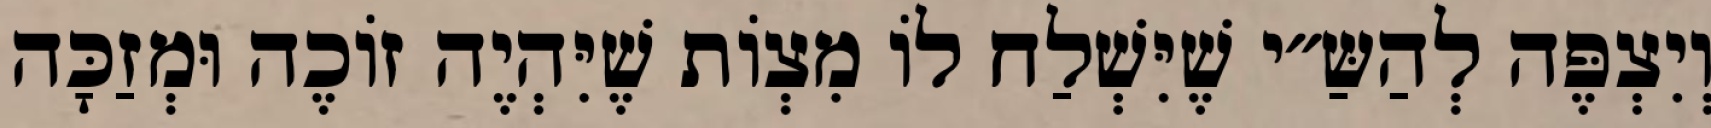
וְיִצְפֶּה לְהַשַּ״י שֶׁיִּשְׁלַח לוֹ מִצְוֹת שֶׁיִּהְיֶה זוֹכֶה וּמְזַכָּה